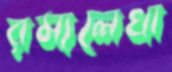
রম্যলেখা